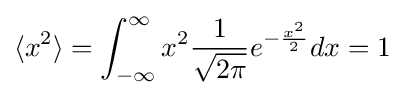
\langle x^{2}\rangle =\int _{-\infty }^{\infty }x^{2}{\frac {1}{\sqrt {2\pi }}}e^{-{\frac {x^{2}}{2}}}dx=1